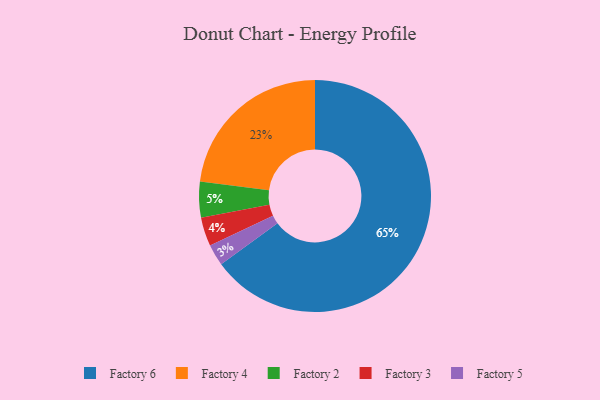
{"axis": {"x": "Category", "y": "Percentage"}, "legend": ["Factory 2", "Factory 3", "Factory 4", "Factory 5", "Factory 6"], "data": [{"x": "Factory 6", "y": 65, "type": "Factory 6"}, {"x": "Factory 5", "y": 3, "type": "Factory 5"}, {"x": "Factory 3", "y": 4, "type": "Factory 3"}, {"x": "Factory 4", "y": 23, "type": "Factory 4"}, {"x": "Factory 2", "y": 5, "type": "Factory 2"}]}